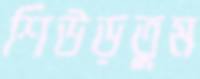
শিউড়তুম